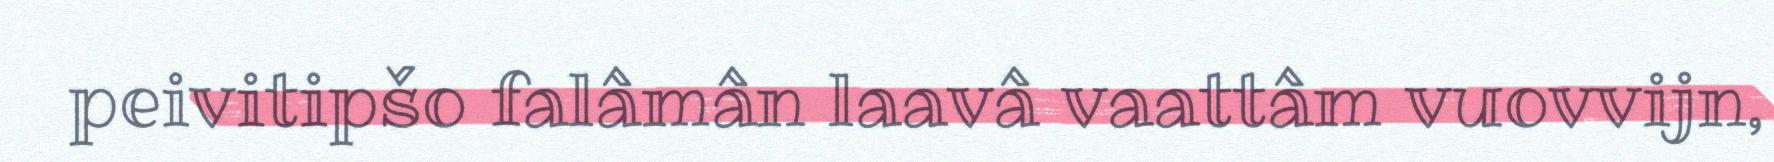
peivitipšo falâmân laavâ vaattâm vuovvijn,